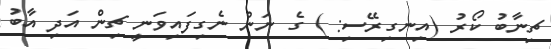
ޗިނާބު ކޯރު (އިނގިރޭސި: ) ގެ ނަން ނެގިފައިވަނީ ޗިން އަދި އާބު